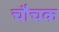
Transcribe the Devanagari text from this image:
चौचक